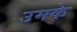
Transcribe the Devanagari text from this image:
उमके